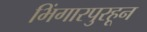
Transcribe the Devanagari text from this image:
भिंगारपुरहून